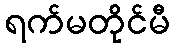
ရက်မတိုင်မီ